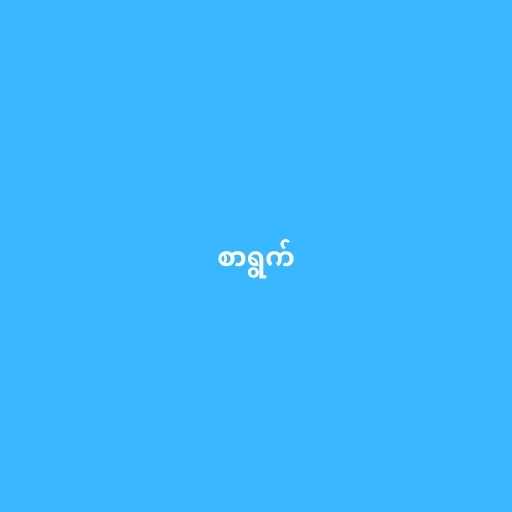
စာရွက်